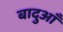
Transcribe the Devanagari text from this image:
बादुआँ